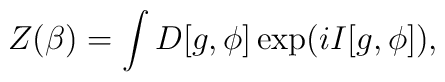
Z(\beta )=\int D[g,\phi]\exp (i I [g,\phi ]) ,